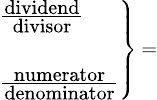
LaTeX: \scriptstyle\left.{\begin{array}{l}{\scriptstyle{\frac{\scriptstyle{\mathrm{dividend}}}{\scriptstyle{\mathrm{divisor}}}}}\\ {\scriptstyle{\mathrm{~}}}\\ {\scriptstyle{\frac{\scriptstyle{\mathrm{numerator}}}{\scriptstyle{\mathrm{denominator}}}}}\end{array}}\right\} \, =